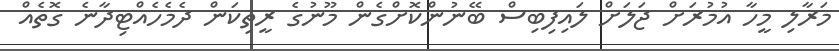
މަރާލި މީހާ އުމުރަށް ޖަލަށް ލައިފިބިސް ބޭނުންކޮށްގެން މޫނުގެ ރީތިކަން ދެމެހެއްޓިދާނެ ގޮތެއް